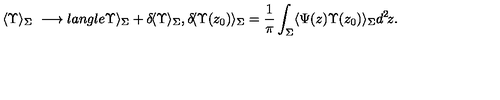
\langle \Upsilon \rangle _ { \Sigma } \ \longrightarrow l a n g l e \Upsilon \rangle _ { \Sigma } + \delta \! \langle \Upsilon \rangle _ { \Sigma } , \delta \! \langle \Upsilon ( z _ { 0 } ) \rangle _ { \Sigma } = \frac { 1 } { \pi } \int _ { \Sigma } \langle \Psi ( z ) \Upsilon ( z _ { 0 } ) \rangle _ { \Sigma } d ^ { 2 } \! z .